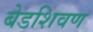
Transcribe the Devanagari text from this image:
बेडशिवण